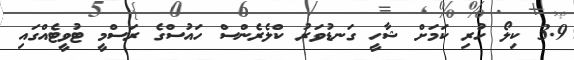
3.9 ކިލޯ ހުރި ކަމަށް ޝާހީ ގަނޑުވަރު ކްލެރެންސް ހައުސްގެ ރަސްމީ ޓުވީޓެއްގައި